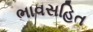
ભાવસહિત